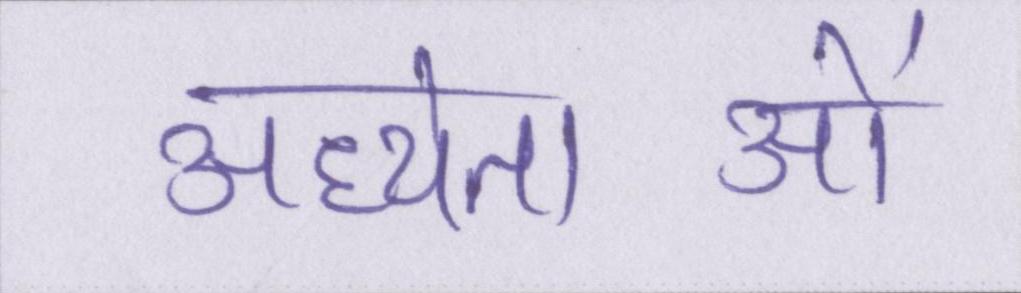
अध्येताओं